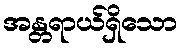
အန္တရာယ်ရှိသော